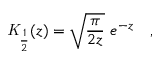
{ \mathit { K } } _ { \frac { 1 } { 2 } } ( z ) = \sqrt { \frac { \pi } { 2 z } } ~ e ^ { - z } ~ ~ ~ ,